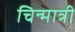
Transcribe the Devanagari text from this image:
चिन्मात्री